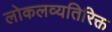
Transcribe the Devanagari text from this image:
लोकलव्यतिरिक्त